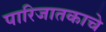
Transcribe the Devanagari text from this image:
पारिजातकाचे